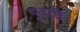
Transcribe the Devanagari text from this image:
गुज्रती